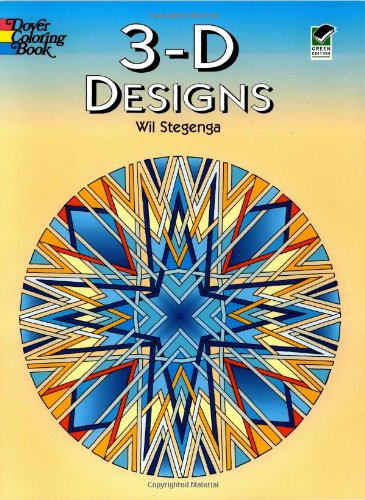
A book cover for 3-D Designs (Dover Design Coloring Books); Wil Stegenga; Children's Books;